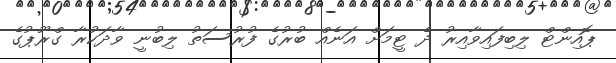
ޕޮއިންޓް ލިބިފައިވާއިރު ދެ ޓީމަށް އަނެއް ބުރުގެ ފުރުސަތު ލިބުނީ ވާދަކުރާ ގްރޫޕުގެ